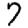
Digit: 7